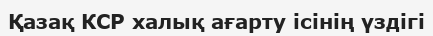
Қазақ КСР халық ағарту ісінің үздігі